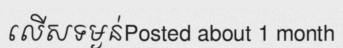
លើសទម្ងន់Posted about 1 month